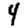
Digit: 4